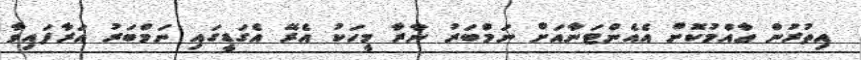
އިތުރުން ޢާއްމުކޮށް އެއެންޓަނާއަށް ނަމްބަރު ނާރާ މީހަކު އެރޭ އެގަޑީގައި ނަމްބަރު އަރާފައިވާ